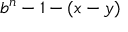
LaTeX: b ^ { n } - 1 - ( x - y )